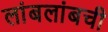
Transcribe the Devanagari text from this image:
लांबलांबची